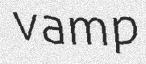
vamp